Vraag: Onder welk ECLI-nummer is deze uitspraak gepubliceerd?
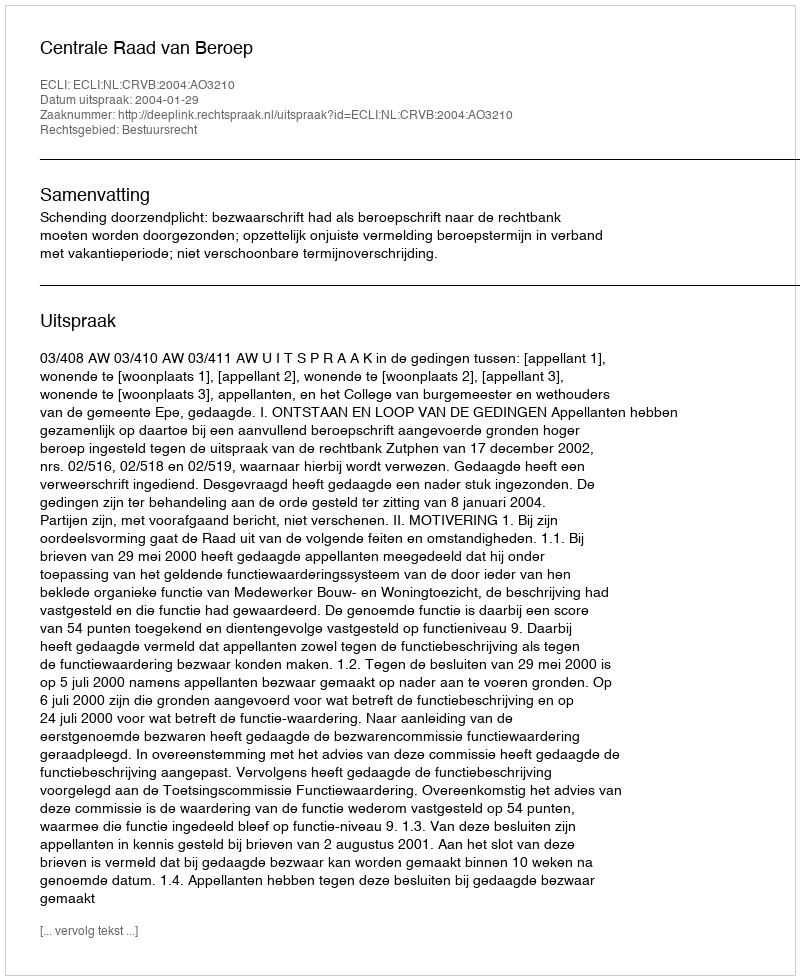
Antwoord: ECLI:NL:CRVB:2004:AO3210